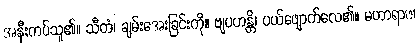
အနီးကပ်သူ၏။ သီတံ၊ ချမ်းအေးခြင်းကို။ ဗျပဟန္တိ၊ ပယ်ဖျောက်လေ၏။ မဟာရာဇ၊